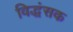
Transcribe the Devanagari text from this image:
विद्धंसक